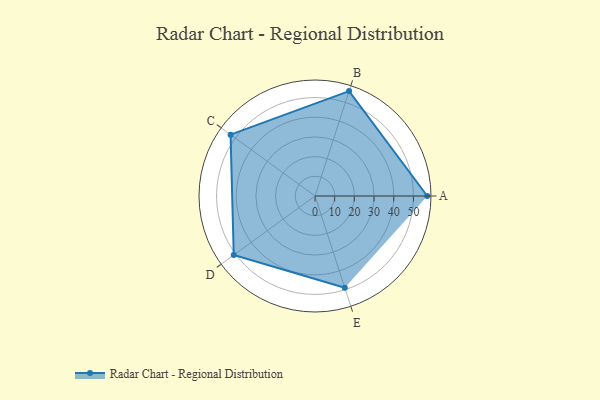
{"axis": {"x": "Skill", "y": "Score"}, "legend": ["Profile"], "data": [{"x": "A", "y": 57.0, "type": "Profile"}, {"x": "B", "y": 56.0, "type": "Profile"}, {"x": "C", "y": 53.0, "type": "Profile"}, {"x": "D", "y": 51.0, "type": "Profile"}, {"x": "E", "y": 49.0, "type": "Profile"}]}